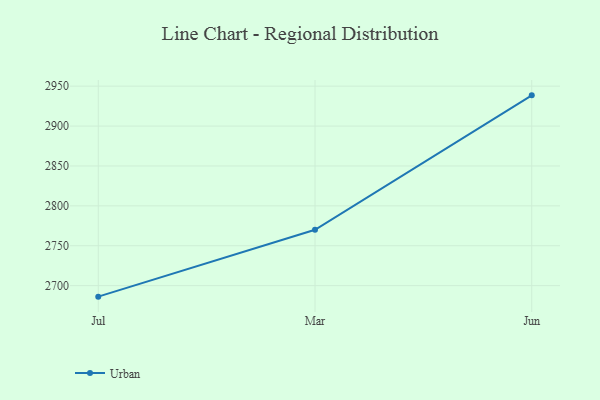
{"axis": {"x": "Month", "y": "Operating Costs (USD K)"}, "legend": ["Urban"], "data": [{"x": "Jul", "y": 2686.2, "type": "Urban"}, {"x": "Mar", "y": 2770.0, "type": "Urban"}, {"x": "Jun", "y": 2938.5, "type": "Urban"}]}